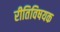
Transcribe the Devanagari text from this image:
रीतिविषयक